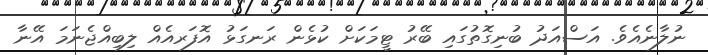
ނުލާނެއެވެ. އަސްއަދު ބުނިގޮތުގައި ބޭރު ޓީމަކަށް ކުޅެން ރަނގަޅު އޮފަރއެއް ލިބިއްޖެނަމަ އޭނާ